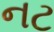
નટ